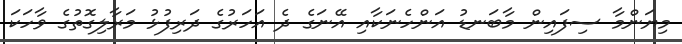
މިޔަންމާ ސިފައިން މާބަނޑު އަންހެނަކާއި އޭނަގެ ދެ އަހަރުގެ ދަރިފުޅު މަރާލިގޮތުގެ ވާހަކަ